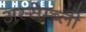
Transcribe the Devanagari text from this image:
अस्सेम्ब्ली